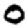
Digit: 0